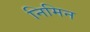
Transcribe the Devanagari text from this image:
निमिन